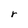
Character: r